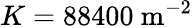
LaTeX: K=88400\mathrm{\ m^{-2}}